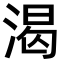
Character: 渴